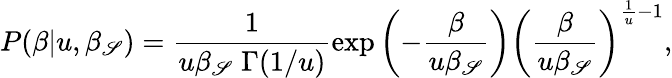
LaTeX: P(\beta|u,\beta_{\mathscr{S}})=\frac{{1}}{{u\beta_{\mathscr{S}}\; \Gamma(1/u)}}\exp\left(-\frac{{\beta}}{{u\beta_{\mathscr{S}}}}\right)\left(\frac{{\beta}}{{u\beta_{\mathscr{S}}}}\right)^{\frac{{1}}{{u}}-1},